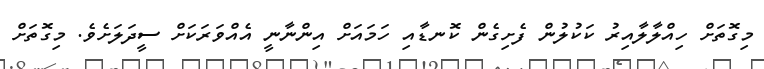
މިގޮތަށް ހިއްލާލާއިރު ކަކުލުން ފެށިގެން ކޮނޑާއި ހަމައަށް އިންނާނީ އެއްވަރަކަށް ސީދަލަށެވެ. މިގޮތަށް